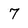
Character: 7